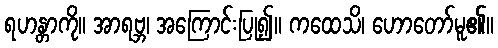
ရဟန္တာကို။ အာရဗ္ဘ၊ အကြောင်းပြု၍။ ကထေသိ၊ ဟောတော်မူ၏။